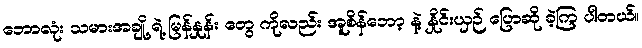
ဘောလုံး သမားအချို့ ရဲ့ မြန်နှုန်း တွေ ကိုလည်း အူစိန်ဘော့ နဲ့ နှိုင်းယှဉ် ပြောဆို ခဲ့ကြ ပါတယ်။